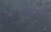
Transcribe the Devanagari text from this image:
पूर्वदिशेला